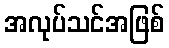
အလုပ်သင်အဖြစ်